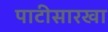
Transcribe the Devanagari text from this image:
पाटीसारखा